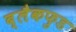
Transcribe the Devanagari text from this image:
ब्लैकफुड